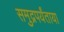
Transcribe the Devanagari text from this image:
समुद्रपर्यंताया